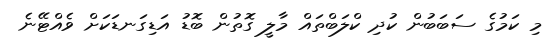
މި ކަމުގެ ސަބަބުން ކުދި ކްލަބްތައް މާލީ ގޮތުން ބޮޑު އަޑިގަނޑަކަށް ވެއްޓޭނެ